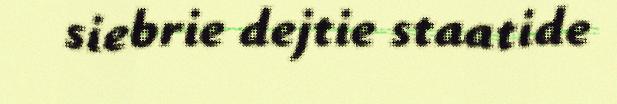
siebrie dejtie staatide